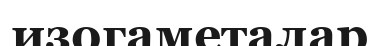
изогаметалар